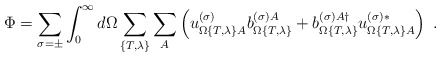
\begin{align*}\Phi=\sum_{\sigma=\pm}\int_0^\infty d\Omega \sum_{\{T,\lambda\}}\sum_A\left(u_{\Omega\{T,\lambda\}A}^{(\sigma)}b_{\Omega\{T,\lambda\}}^{(\sigma)A}+ b_{\Omega\{T,\lambda\}}^{(\sigma)A\dagger}u_{\Omega\{T,\lambda\}A}^{(\sigma)*}\right)\ .\end{align*}